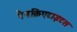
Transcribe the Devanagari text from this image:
पैनक्रिएटाइटस